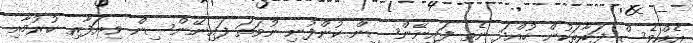
އެއްވެސް ފަރާތަކުން ހުއްދަ ނެތި ފައިނޭންސިން ކުންފުނި ނުވަތަ ފައިނޭންސިން ވިޔަފާރި ކުރުމާއި